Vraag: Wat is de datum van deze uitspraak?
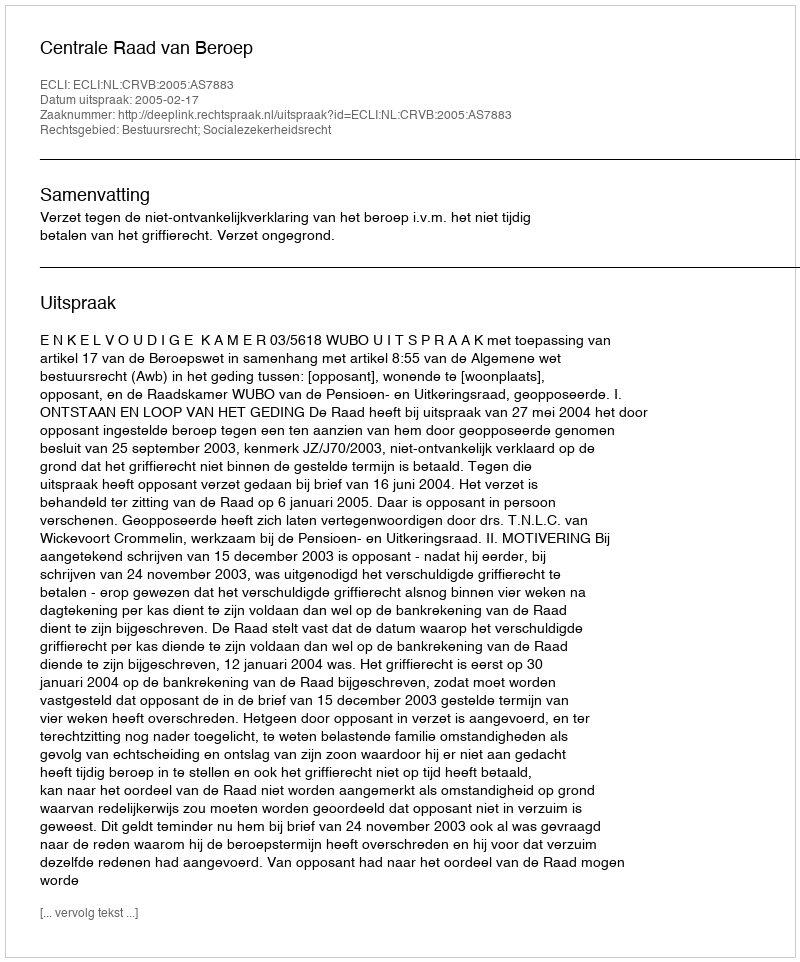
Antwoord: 2005-02-17